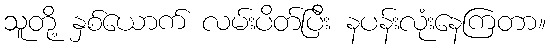
သူတို့ နှစ်ယောက် လမ်းပိတ်ပြီး နပန်းလုံးနေကြတာ။